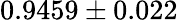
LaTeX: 0.9459\pm 0.022